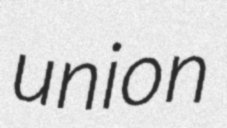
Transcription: union